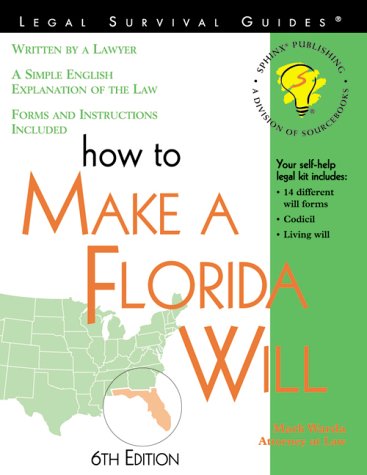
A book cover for How to Make a Florida Will: With Forms (Legal Survival Guides); Mark Warda; Law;